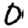
Digit: 0